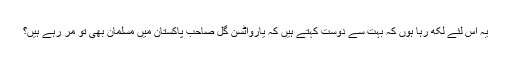
یہ اس لئے لکھ رہا ہوں کہ بہت سے دوست کہتے ہیں کہ یارواٹسن گل صاحب پاکستان میں مسلمان بھی تو مر رہے ہیں؟